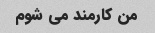
من کارمند می شوم